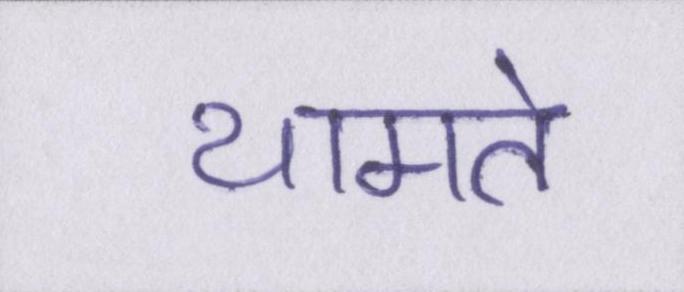
थामते